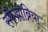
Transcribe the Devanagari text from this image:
स्फैग्नोब्रिया